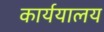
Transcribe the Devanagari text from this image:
कार्ययालय